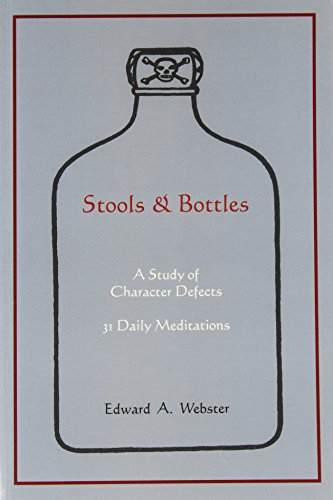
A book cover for Stools and Bottles: A Study of Character Defects--31 Daily Meditations; Edward A. Webster; Health, Fitness & Dieting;